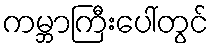
ကမ္ဘာကြီးပေါ်တွင်